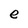
Character: e